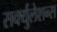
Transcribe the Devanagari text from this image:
सर्क्युलेशन्स